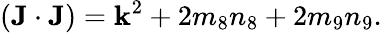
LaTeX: ({\mathbf J}\cdot{\mathbf J})={\mathbf k}^{2}+2m_{8}n_{8}+2m_{9}n_{9}.